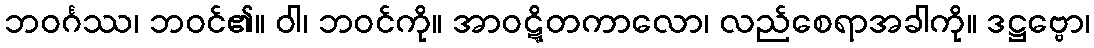
ဘဝင်္ဂဿ၊ ဘဝင်၏။ ဝါ၊ ဘဝင်ကို။ အာဝဋ္ဋိတကာလော၊ လည်စေရာအခါကို။ ဒဋ္ဌဗ္ဗော၊